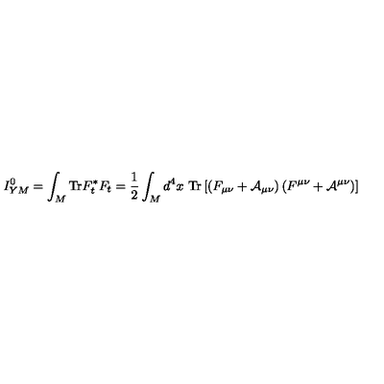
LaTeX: I _ { Y M } ^ { 0 } = \int _ { M } \mathrm { T r } F _ { t } ^ { * } F _ { t } = \frac { 1 } { 2 } \int _ { M } d ^ { 4 } x \ \mathrm { T r } \left[ \left( F _ { \mu \nu } + { \cal A } _ { \mu \nu } \right) \left( F ^ { \mu \nu } + { \cal A } ^ { \mu \nu } \right) \right]